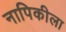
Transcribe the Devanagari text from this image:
नापिकीला